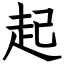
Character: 起